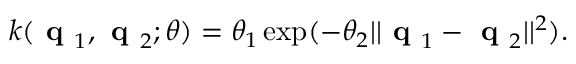
k ( \textbf { q } _ { 1 } , \textbf { q } _ { 2 } ; \boldsymbol { \theta } ) = \theta _ { 1 } \exp ( - \theta _ { 2 } | | \textbf { q } _ { 1 } - \textbf { q } _ { 2 } | | ^ { 2 } ) .